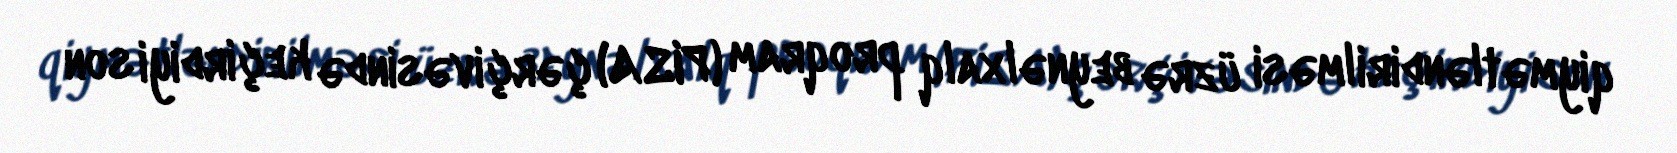
qiymətləndirilməsi üzrə beynəlxalq proqram (PISA) çərçivəsində keçirdiyi son